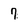
Character: 7